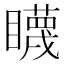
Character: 䁾